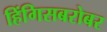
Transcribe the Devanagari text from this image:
हिंगिसबरोबर